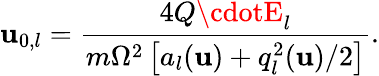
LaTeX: \mathbf{u}_{0,l}=\frac{{4Q\cdotE_{l}}}{{m\Omega^{2}\left[a_{l}(\mathbf{{\mathbf{u}}})+q_{l}^{2}(\mathbf{{\mathbf{u}}})/2\right]}}.